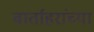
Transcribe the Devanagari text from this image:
वार्ताहरांच्या